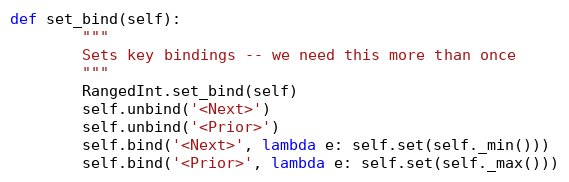
Language: Python
def set_bind(self):
        """
        Sets key bindings -- we need this more than once
        """
        RangedInt.set_bind(self)
        self.unbind('<Next>')
        self.unbind('<Prior>')
        self.bind('<Next>', lambda e: self.set(self._min()))
        self.bind('<Prior>', lambda e: self.set(self._max()))